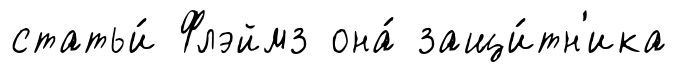
статьи́ Флэймз она́ защи́тн'ика